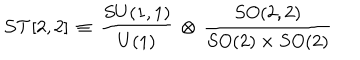
{ \cal S T } [ 2 , 2 ] \, \equiv \, \frac { S U ( 1 , 1 ) } { U ( 1 ) } \, \otimes \, \frac { S O ( 2 , 2 ) } { S O ( 2 ) \times S O ( 2 ) }